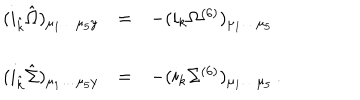
\begin{array} { r c l } { { ( i _ { \hat { k } } { \hat { \Omega } } ) _ { \mu _ { 1 } \dots \mu _ { 5 } y } } } & { { = } } & { { - ( i _ { k } \Omega ^ { ( 6 ) } ) _ { \mu _ { 1 } \dots \mu _ { 5 } } } } \\ { { } } & { { } } & { { } } \\ { { ( i _ { \hat { k } } { \hat { \Sigma } } ) _ { \mu _ { 1 } \dots \mu _ { 5 } y } } } & { { = } } & { { - ( i _ { k } \Sigma ^ { ( 6 ) } ) _ { \mu _ { 1 } \dots \mu _ { 5 } } \, . } } \\ \end{array}